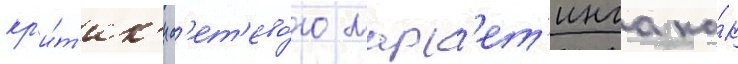
кр'и́т'ик'и с'ет'ево́го марк'ет'инга ка́к